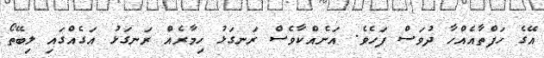
އޭގެ ހަފްތާއެއްހާ ދުވަސް ފަހެވެ. އަނެއްކާވެސް ރަނގަޅު ހިމާރެއް ރަނގަޅު އަގެއްގައި ލިބޭތޯ